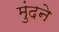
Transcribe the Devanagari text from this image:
मुंदने